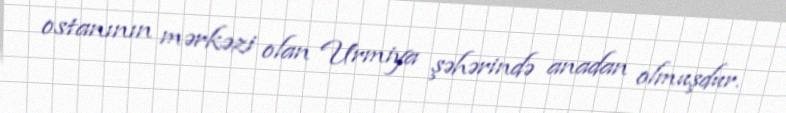
ostanının mərkəzi olan Urmiya şəhərində anadan olmuşdur.